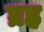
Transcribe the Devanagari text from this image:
घ्रह